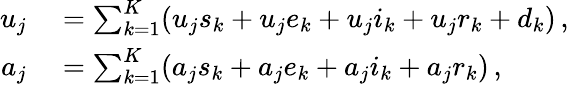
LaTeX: \begin{array}{rl}{u_{j}}&{{}=\sum_{k=1}^{K}(u_{j}s_{k}+u_{j}e_{k}+u_{j}i_{k}+u_{j}r_{k}+d_{k})\, ,}\\ {a_{j}}&{{}=\sum_{k=1}^{K}(a_{j}s_{k}+a_{j}e_{k}+a_{j}i_{k}+a_{j}r_{k})\, ,}\end{array}